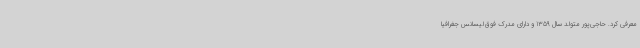
معرفی کرد. حاجی‌پور متولد سال 1359 و دارای مدرک فوق‌لیسانس جغرافیا